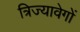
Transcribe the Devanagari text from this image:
त्रिज्यावेगों